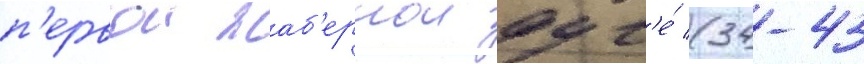
п'ервои жаб'ернои дуг'е́ (34-43